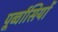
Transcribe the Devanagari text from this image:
पूर्व्वासियों